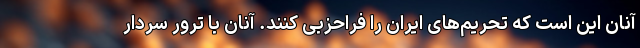
آنان این است که تحریم‌های ایران را فراحزبی کنند. آنان با ترور سردار